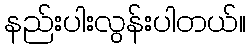
နည်းပါးလွန်းပါတယ်။